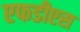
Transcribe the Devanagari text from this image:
एफडीएस